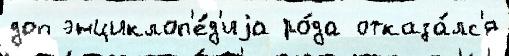
доп энциклоп'е́д'иjа ро́да отказа́лс'я